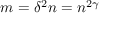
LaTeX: m = \delta ^ { 2 } n = n ^ { 2 \gamma }